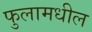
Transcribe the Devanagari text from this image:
फुलामधील